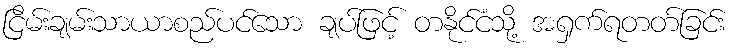
ငြိမ်းချမ်းသာယာစည်ပင်သော ချပ်ဖြင့် တနိုင်ငံသို့ အရှက်ရတတ်ခြင်း